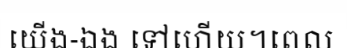
យើង-ឯង ទៅហើយ។ពេល